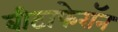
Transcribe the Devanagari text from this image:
बीटाफेरॉन